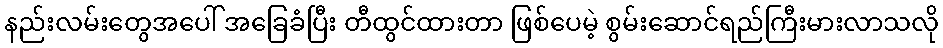
နည်းလမ်းတွေအပေါ် အခြေခံပြီး တီထွင်ထားတာ ဖြစ်ပေမဲ့ စွမ်းဆောင်ရည်ကြီးမားလာသလို